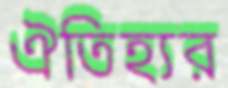
ঐতিহ্যর